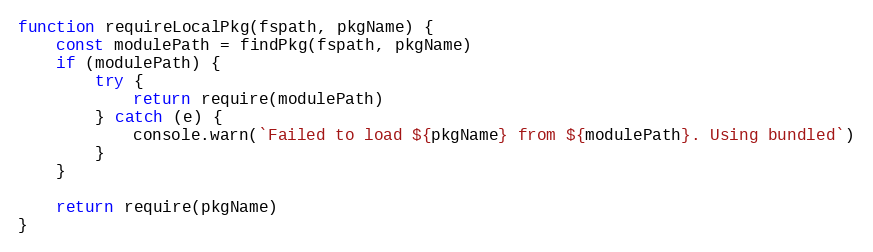
Language: JavaScript
function requireLocalPkg(fspath, pkgName) {
    const modulePath = findPkg(fspath, pkgName)
    if (modulePath) {
        try {
            return require(modulePath)
        } catch (e) {
            console.warn(`Failed to load ${pkgName} from ${modulePath}. Using bundled`)
        }
    }

    return require(pkgName)
}